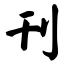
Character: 刊